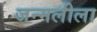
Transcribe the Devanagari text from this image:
जन्मलीला